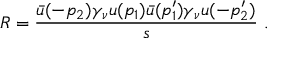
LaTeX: R = \frac { \bar { u } ( - p _ { 2 } ) \gamma _ { \nu } u ( p _ { 1 } ) \bar { u } ( p _ { 1 } ^ { \prime } ) \gamma _ { \nu } u ( - p _ { 2 } ^ { \prime } ) } { s } ~ .